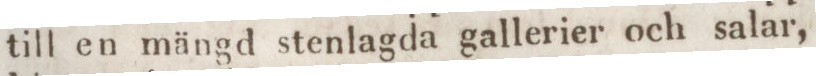
till en mängd stenlagda gallerier och salar,